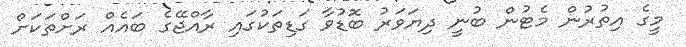
މީގެ އިތުރުން މެޓުން ބުނީ ދިޔަވަރު ބޮޑުވާ ގަޑިތަކުގައި ރާއްޖޭގެ ބައެއް ރަށްތަކަށް